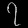
Digit: ၇